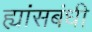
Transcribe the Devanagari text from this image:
ह्यांसबंधी